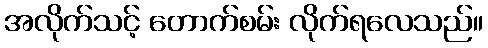
အလိုက်သင့် တောက်စမ်း လိုက်ရလေသည်။